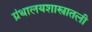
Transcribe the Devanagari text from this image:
ग्रंथालयशास्त्रातली